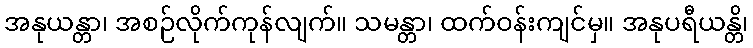
အနုယန္တာ၊ အစဉ်လိုက်ကုန်လျက်။ သမန္တာ၊ ထက်ဝန်းကျင်မှ။ အနုပရီယန္တိ၊